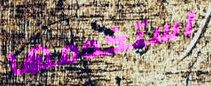
استخدمها